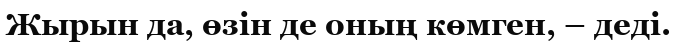
Жырын да, өзін де оның көмген, – деді.